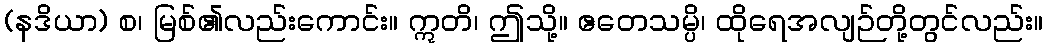
(နဒိယာ) စ၊ မြစ်၏လည်းကောင်း။ ဣတိ၊ ဤသို့။ ဧတေသမ္ပိ၊ ထိုရေအလျဉ်တို့တွင်လည်း။